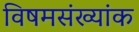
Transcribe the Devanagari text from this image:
विषमसंख्यांक